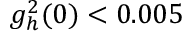
g _ { h } ^ { 2 } ( 0 ) < 0 . 0 0 5